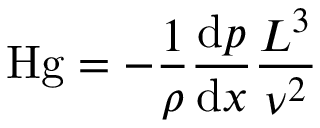
\mathrm { H g } = - { \frac { 1 } { \rho } } { \frac { \mathrm { d } p } { \mathrm { d } x } } { \frac { L ^ { 3 } } { \nu ^ { 2 } } }